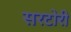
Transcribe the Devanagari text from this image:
सरटोरी